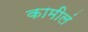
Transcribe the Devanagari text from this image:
कामीलं